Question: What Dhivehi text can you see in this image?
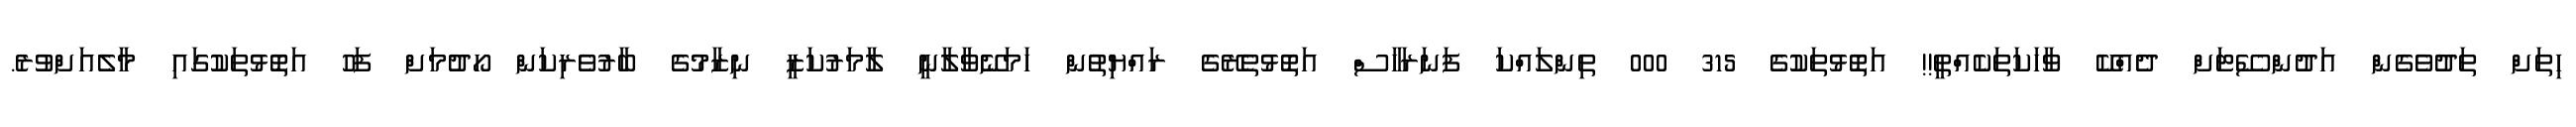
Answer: ހިތަށް ތަދުވެގެން އަދުންސޭޓަށް ދެއްކޭ ވާހަކަތަކެއްތީ!! އަތޮޅުތަކުގެ 315 000 ތިންލައްކަ ފަނަރަހާސް އަތޮޅުތެރޭގެ ރައްޔިތުން ހަމަނޭވާލާނީ ލާމަރުކަޒީ ނިޒާމުގެ ބާރުވެރިކަން ހޯދުމަށް ފަހު އަތޮޅުތަކުގައި މާލެއަށްވުރެ.